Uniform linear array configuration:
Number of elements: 8
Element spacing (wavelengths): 0.5
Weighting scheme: cosine
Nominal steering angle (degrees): -60
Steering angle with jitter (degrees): -58.477
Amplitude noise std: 0.05
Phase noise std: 0.05

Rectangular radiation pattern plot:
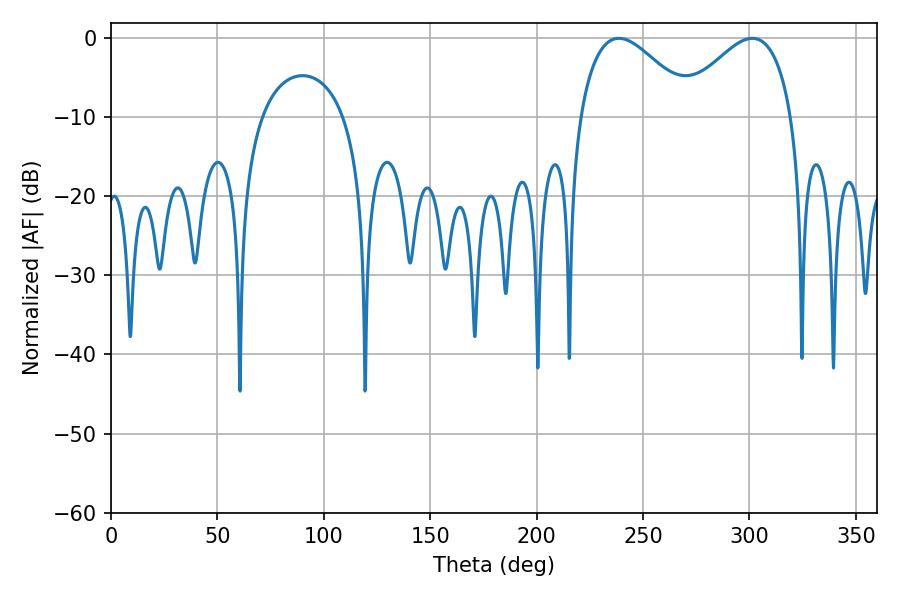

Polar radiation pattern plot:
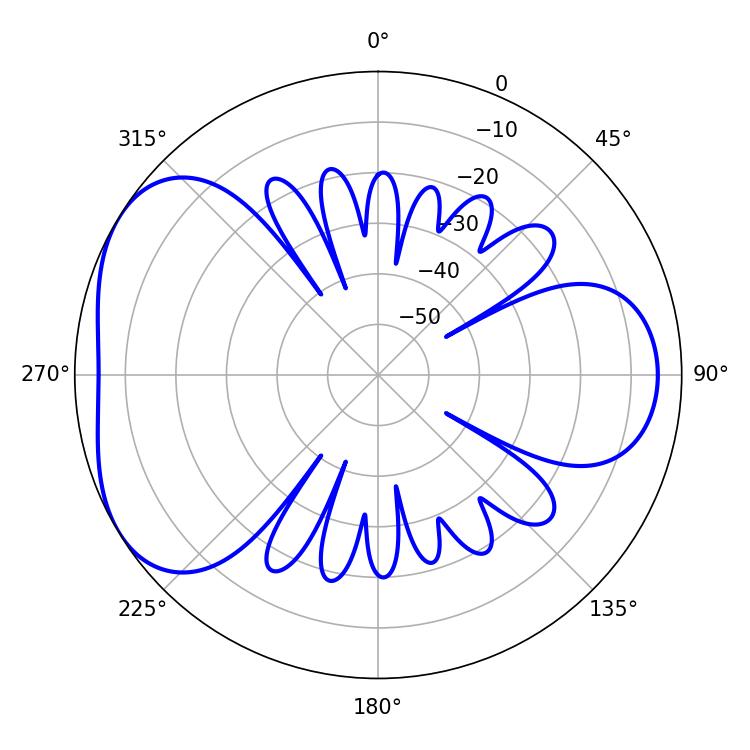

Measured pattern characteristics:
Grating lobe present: FALSE
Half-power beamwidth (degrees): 29.16
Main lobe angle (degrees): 238.68